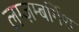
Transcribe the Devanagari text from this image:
लग्ज़म्बर्गिश